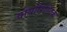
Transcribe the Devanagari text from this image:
वोयोरिस्टिक